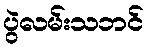
ပွဲလမ်းသဘင်